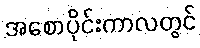
အစောပိုင်းကာလတွင်